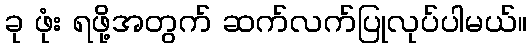
ခု ဖုံး ရဖို့အတွက် ဆက်လက်ပြုလုပ်ပါမယ်။